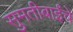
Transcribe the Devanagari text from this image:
सुमतीबाईंचे